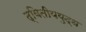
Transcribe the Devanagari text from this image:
द्वितीययुद्ध